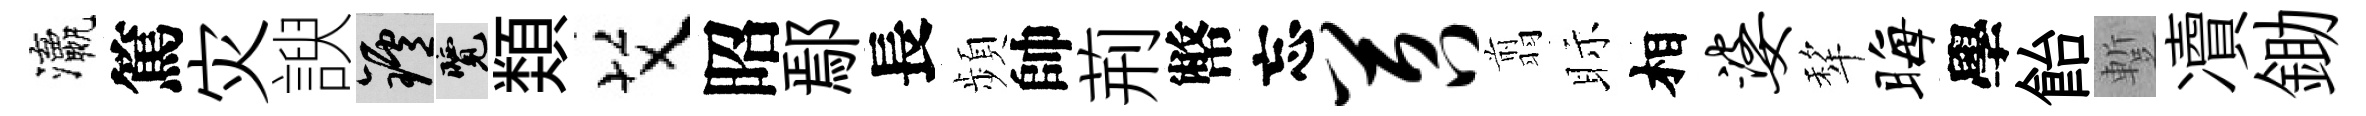
瀛篤灾諛爐覽𩔖艾昭鄢長頻帥荊幣忘苕翦眎相婆犂晦學飴蹔凟鋤